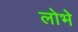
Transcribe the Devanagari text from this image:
लोभे